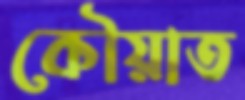
কৌয়াত